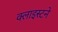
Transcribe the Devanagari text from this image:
क्लाइस्टने